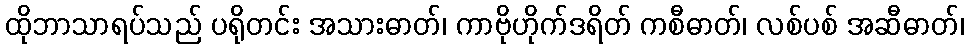
ထိုဘာသာရပ်သည် ပရိုတင်း အသားဓာတ်၊ ကာဗိုဟိုက်ဒရိတ် ကစီဓာတ်၊ လစ်ပစ် အဆီဓာတ်၊